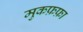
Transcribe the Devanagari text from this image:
मुकफ़फ़ा